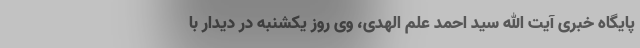
پایگاه خبری آیت الله سید احمد علم الهدی، وی روز یکشنبه در دیدار با